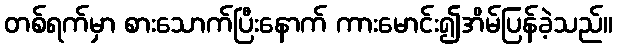
တစ်ရက်မှာ စားသောက်ပြီးနောက် ကားမောင်း၍အိမ်ပြန်ခဲ့သည်။